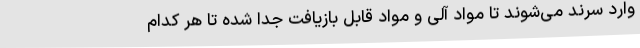
وارد سرند می‌شوند تا مواد آلی و مواد قابل بازیافت جدا شده تا هر کدام